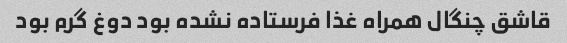
قاشق چنگال همراه غذا فرستاده نشده بود دوغ گرم بود